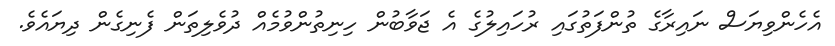
އެހެންވިޔަސް ނައިރާގެ ތުންފަތުގައި ރުހައިލުގެ އެ ޖަވާބުން ހިނިތުންވުމެއް ދުވެލިތަން ފެނިގެން ދިޔައެވެ.